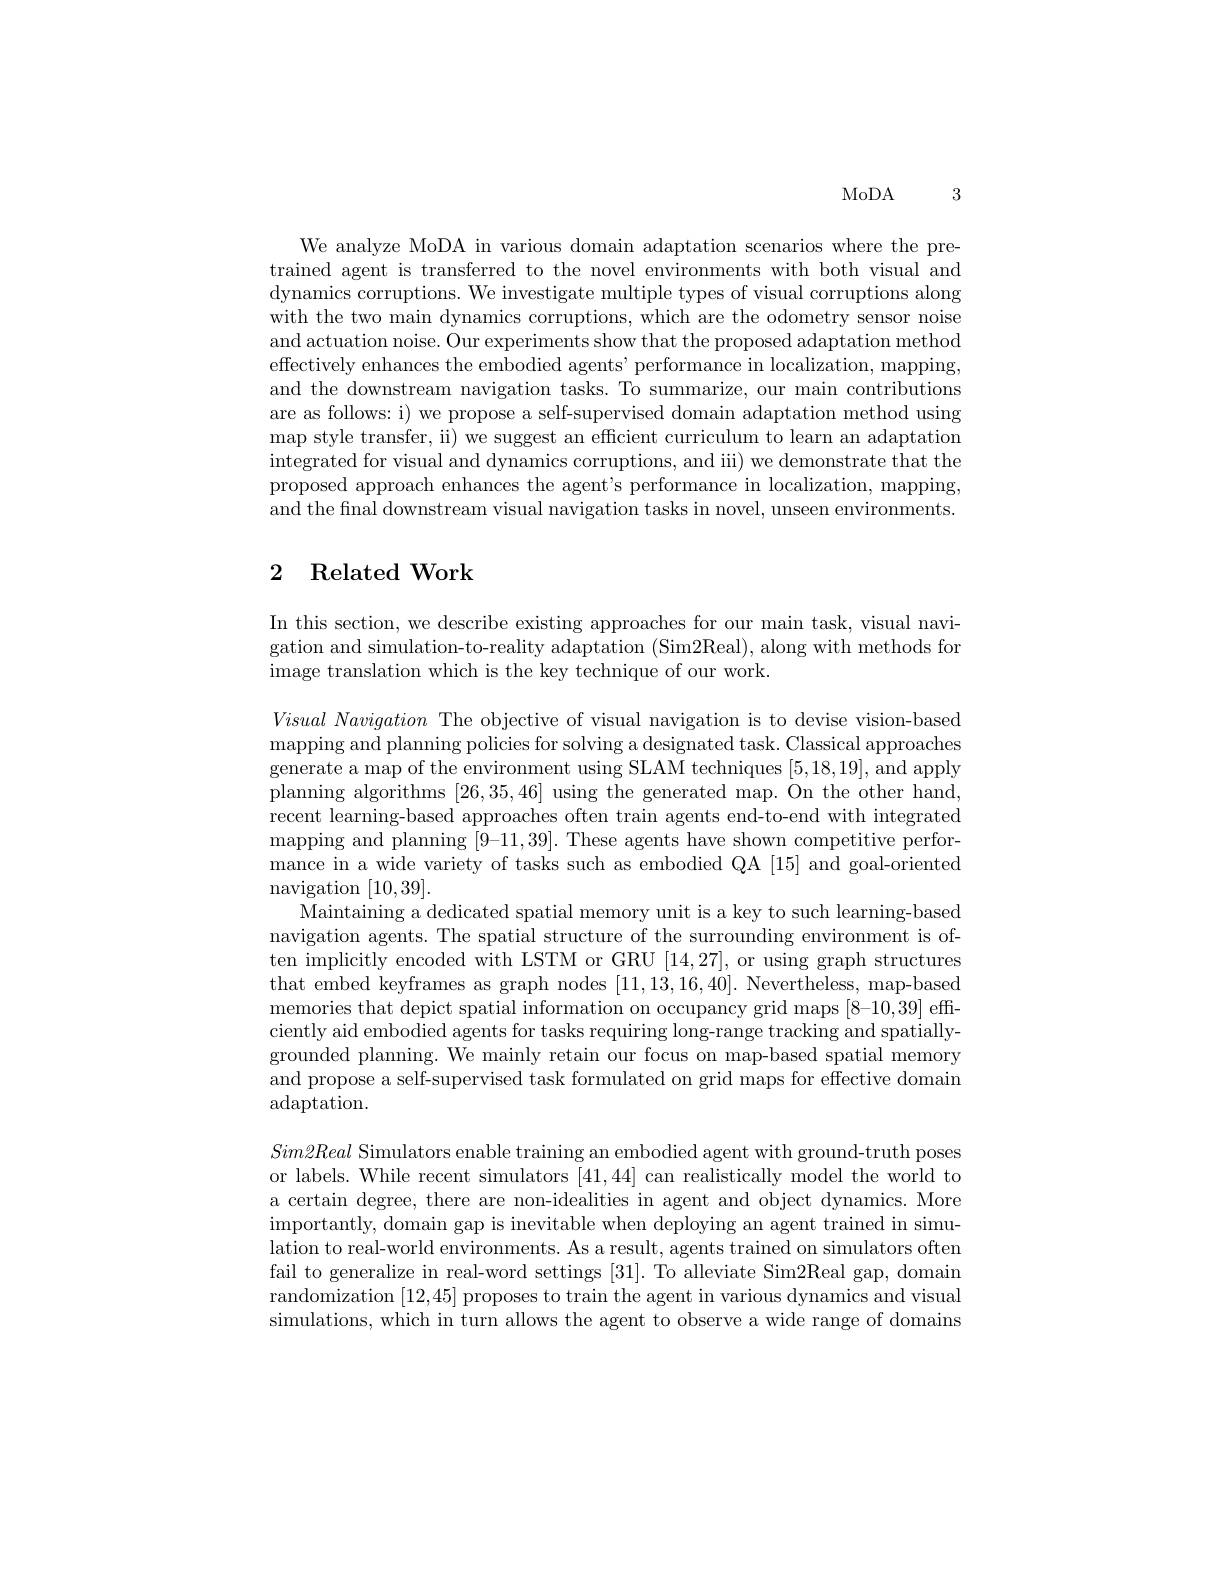
3

MoDA

We analyze MoDA in various domain adaptation scenarios where the pretrained agent is transferred to the novel environments with both visual and dynamics corruptions. We investigate multiple types of visual corruptions along with the two main dynamics corruptions, which are the odometry sensor noise and actuation noise. Our experiments show that the proposed adaptation method effectively enhances the embodied agents' performance in localization, mapping, and the downstream navigation tasks. To summarize, our main contributions are as follows: i) we propose a self-supervised domain adaptation method using map style transfer, ii) we suggest an efficient curriculum to learn an adaptation integrated for visual and dynamics corruptions, and iii) we demonstrate that the proposed approach enhances the agent's performance in localization, mapping, and the final downstream visual navigation tasks in novel, unseen environments.

## 2 Related Work

In this section, we describe existing approaches for our main task, visual navigation and simulation-to-reality adaptation (Sim2Real), along with methods for image translation which is the key technique of our work.

$Visual\textit{ Navigation The objective of visual navigation is to devise vision- based}$ ${\mathrm{mapping~and~planning~policies~for~solving~a~designated~task.~Classical~approaches}}$ generate a map of the environment using SLAM techniques [5,18,19], and apply planning algorithms [26,35,46] using the generated map. On the other hand, recent learning-based approaches often train agents end-to-end with integrated mapping and planning [9-11,39]. These agents have shown competitive performance in a wide variety of tasks such as embodied QA [15] and goal-oriented ${\mathrm{navigation~}}[10,39].$
Maintaining a dedicated spatial memory unit is a key to such learning-based navigation agents. The spatial structure of the surrounding environment is often implicitly encoded with LSTM or GRU [14,27], or using graph structures that embed keyframes as graph nodes [11,13,16,40]. Nevertheless, map-based memories that depict spatial information on occupancy grid maps [8-10,39] efficiently aid embodied agents for tasks requiring long-range tracking and spatiallygrounded planning. We mainly retain our focus on map-based spatial memory and propose a self-supervised task formulated on grid maps for effective domain adaptation.

$Sim2Real$ Simulators enable training an embodied agent with ground-truth poses or labels. While recent simulators [41,44] can realistically model the world to a certain degree, there are non-idealities in agent and object dynamics. More importantly, domain gap is inevitable when deploying an agent trained in simu- lation to real-world environments. As a result, agents trained on simulators often fail to generalize in real-word settings [31]. To alleviate Sim2Real gap, domain randomization [12,45] proposes to train the agent in various dynamics and visual simulations, which in turn allows the agent to observe a wide range of domains